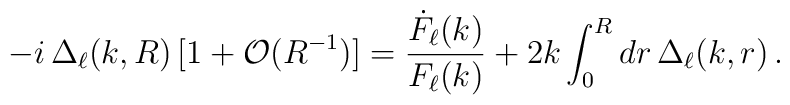
- i\,\Delta_\ell(k,R) \, [1 + \mathcal{O}(R^{-1})] = \frac{\dot{F}_\ell(k)}{F_\ell(k)} + 2 k \int^R_0dr\,\Delta_\ell(k,r)\,.